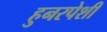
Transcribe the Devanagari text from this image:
हुनरपेशी